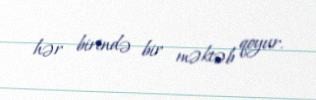
hər birində bir məktəb qoyur.